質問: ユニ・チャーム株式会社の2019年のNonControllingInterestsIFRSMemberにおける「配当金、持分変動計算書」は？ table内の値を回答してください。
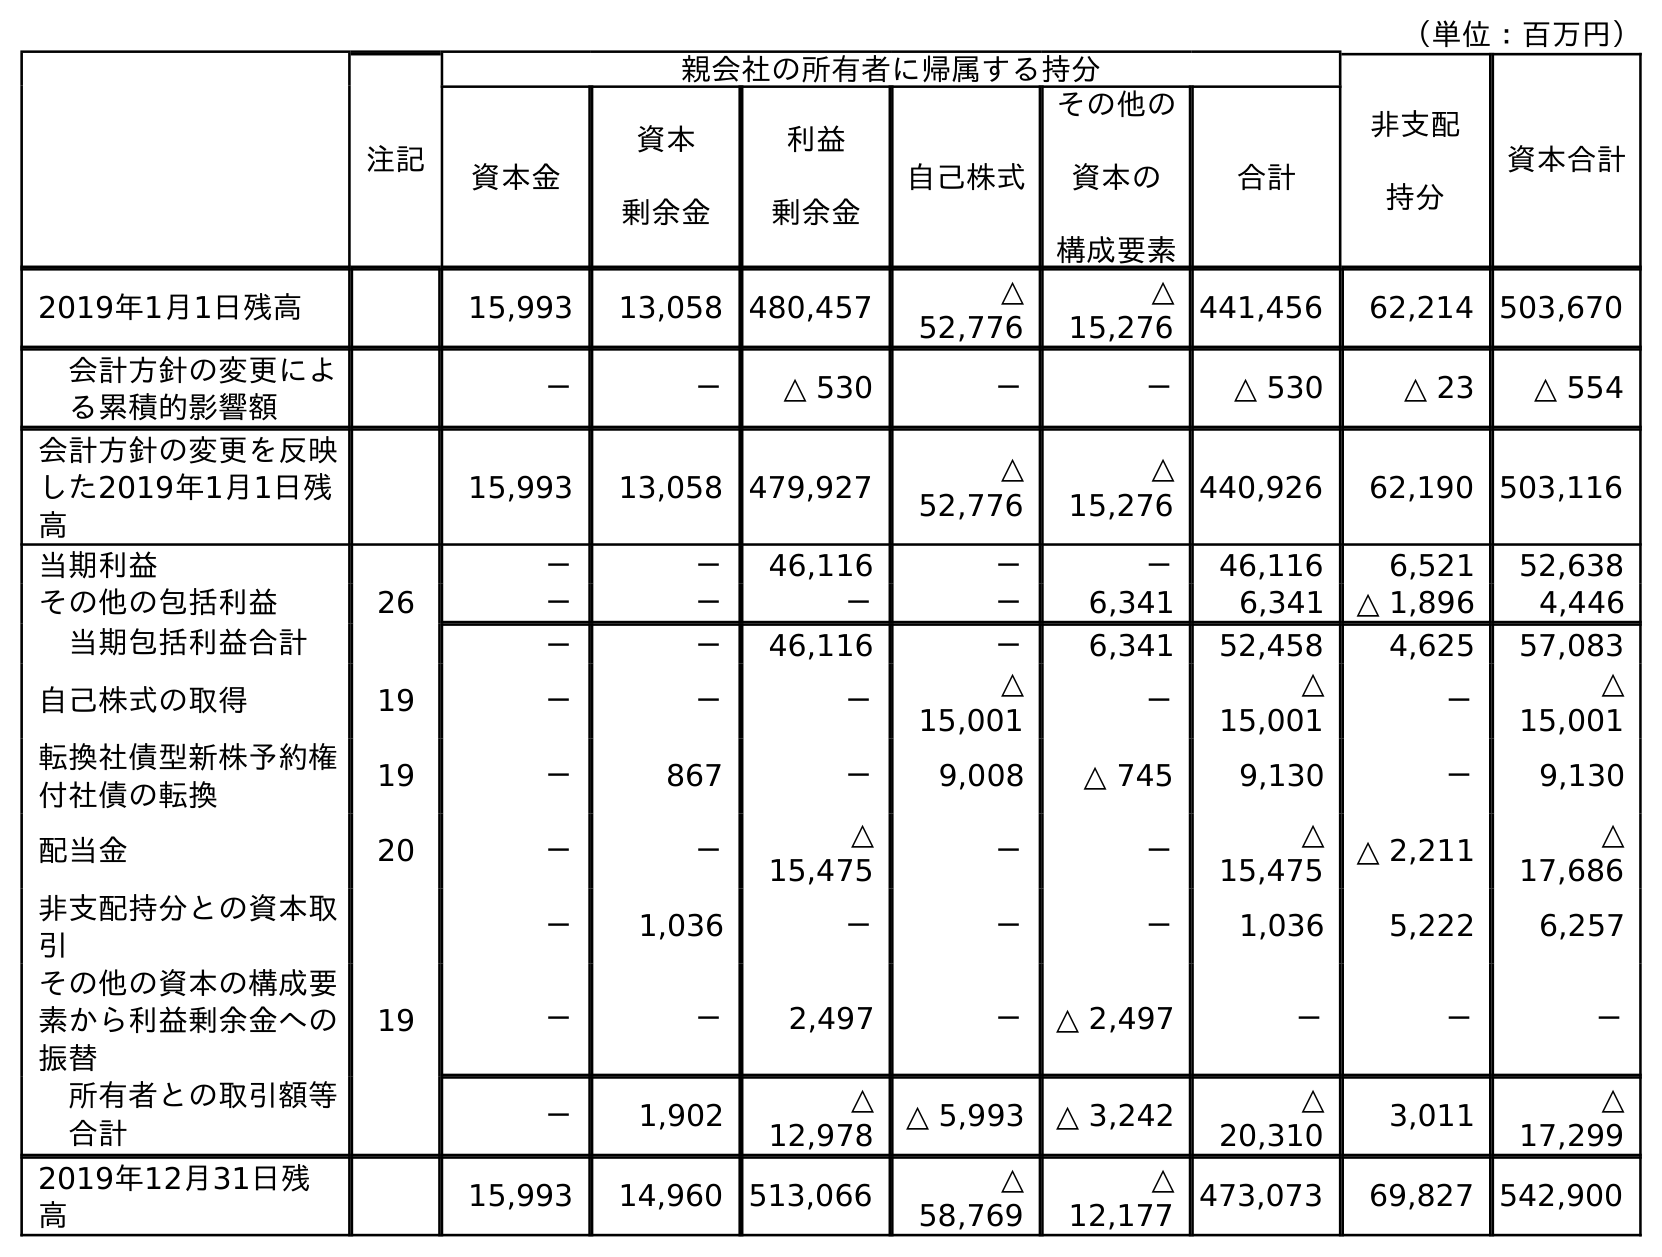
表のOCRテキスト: （単位：百万円） 注記 親会社の所有者に帰属する持分 非支配 持分 資本合計 資本金 資本 剰余金 利益 剰余金 自己株式 その他の 資本の 構成要素 合計 2019年1月1日残高 15,993 13,058 480,457 △ 52,776 △ 15,276 441,456 62,214 503,670 会計方針の変更によ る累積的影響額 － － △ 530 － － △ 530 △ 23 △ 554 会計方針の変更を反映 した2019年1月1日残 高 15,993 13,058 479,927 △ 52,776 △ 15,276 440,926 62,190 503,116 当期利益 － － 46,116 － － 46,116 6,521 52,638 その他の包括利益 26 － － － － 6,341 6,341 △ 1,896 4,446 当期包括利益合計 － － 46,116 － 6,341 52,458 4,625 57,083 自己株式の取得 19 － － － △ 15,001 － △ 15,001 － △ 15,001 転換社債型新株予約権 付社債の転換 19 － 867 － 9,008 △ 745 9,130 － 9,130 配当金 20 － － △ 15,475 － － △ 15,475 △ 2,211 △ 17,686 非支配持分との資本取 引 － 1,036 － － － 1,036 5,222 6,257 その他の資本の構成要 素から利益剰余金への 振替 19 － － 2,497 － △ 2,497 － － － 所有者との取引額等 合計 － 1,902 △ 12,978 △ 5,993 △ 3,242 △ 20,310 3,011 △ 17,299 2019年12月31日残 高 15,993 14,960 513,066 △ 58,769 △ 12,177 473,073 69,827 542,900
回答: △2,211